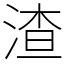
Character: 渣